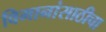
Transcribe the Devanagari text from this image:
विमानांसाठीचा